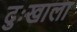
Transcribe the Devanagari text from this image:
दुःखाला